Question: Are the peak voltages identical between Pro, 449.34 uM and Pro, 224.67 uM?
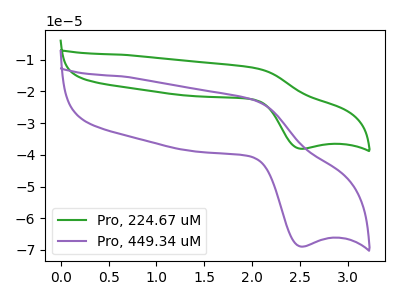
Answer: <think>The green curve "Pro, 224.67 uM" has an anodic peak at (2.05V, -12.65uA) and a cathodic peak at (2.50V, -38.10uA). The purple curve "Pro, 449.34 uM" has an anodic peak at (2.05V, -22.90uA) and a cathodic peak at (2.50V, -68.95uA).</think>
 <answer>Yes, "Pro, 449.34 uM" have a peak in "Pro, 224.67 uM" at the same potential.</answer>
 <eval>match</eval>